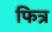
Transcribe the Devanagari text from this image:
फित्र